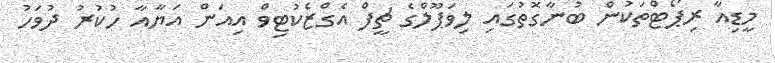
މީޑިއާ ރިޕޯޓްތަކުން ބުނާގޮތުގައި ލިވަޕޫލްގެ ޗީފް އެގްޒެކުޓިވް އިއަން އަޔާއާ ހުކުރު ދުވަހު